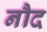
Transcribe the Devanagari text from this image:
नौद